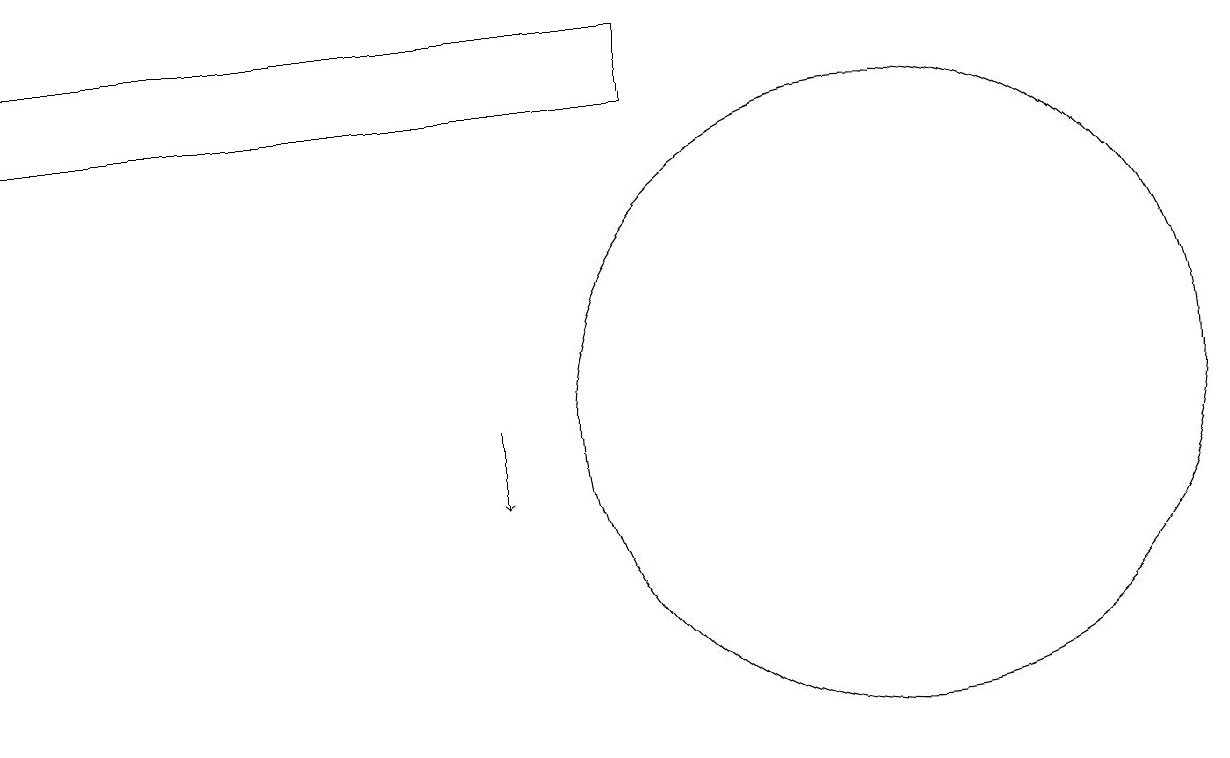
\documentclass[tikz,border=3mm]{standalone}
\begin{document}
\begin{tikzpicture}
\draw (11,12) circle (4);
\draw (8,16) rectangle (0,17);
\draw[->] (6,12) -- (6,11);
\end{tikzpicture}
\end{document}